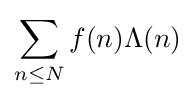
\sum _{n\leq N}f(n)\Lambda (n)